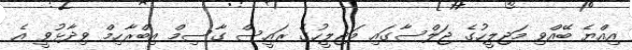
އިއްޔެ ބޭއްވި މަޖިލީހުގެ ޖަލްސާގައި މަޖިލީހުގެ ރައީސް ގާސިމް އިބްރާހިމް ވިދާޅުވީ އެ